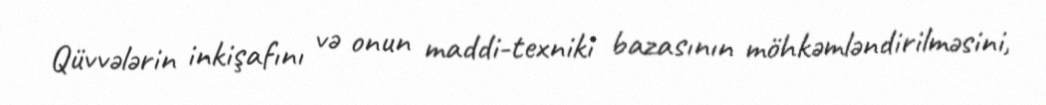
Qüvvələrin inkişafını və onun maddi-texniki bazasının möhkəmləndirilməsini,